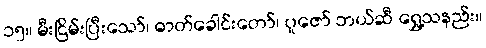
၁၅။ မီးငြိမ်းပြီးသော်၊ ဓာတ်ခေါင်းတော်၊ ပူဇော် ဘယ်ဆီ ရွှေ့သနည်း။